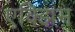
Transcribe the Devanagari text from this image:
एक्झिम